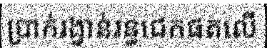
ប្រាក់រង្វាន់រន្ធជេកផតលើ